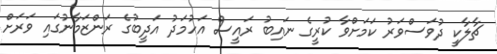
ޗާލާކީ ދުވަސްވަރު ކަމަށްވާ ކުރީގެ ނައިބު ރައީސް އަހުމަދު އަދީބުގެ ރަންޒަމާނުގައި ވަރަށް